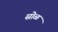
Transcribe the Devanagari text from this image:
सोळ